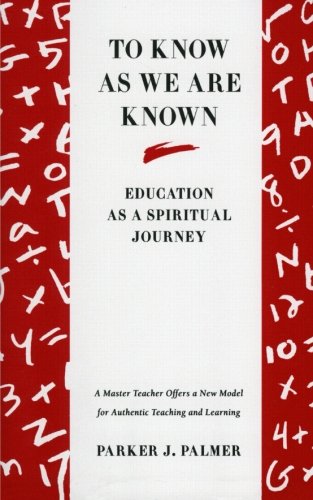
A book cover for To Know as We Are Known: Education as a Spiritual Journey; Parker J. Palmer; Religion & Spirituality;